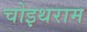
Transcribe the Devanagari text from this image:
चोइथराम